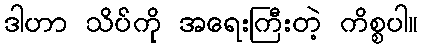
ဒါဟာ သိပ်ကို အရေးကြီးတဲ့ ကိစ္စပါ။